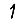
Digit: 1